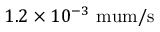
1 . 2 \times 1 0 ^ { - 3 } \mathrm { \ m u m / s }